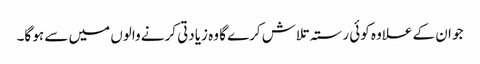
جو ان کے علاوہ کوئی رستہ تلاش کرے گا وہ زیادتی کرنے والوں میں سے ہو گا۔